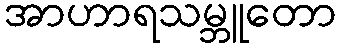
အာဟာရသမ္ဘူတော